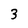
Character: 3